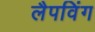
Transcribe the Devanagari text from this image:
लैपविंग